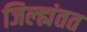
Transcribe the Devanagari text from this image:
जिल्ह्यंतत